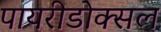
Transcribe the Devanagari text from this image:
पायरीडोक्सल